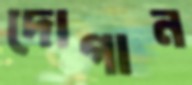
দোগান